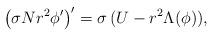
LaTeX: \begin{align*}\left( \sigma Nr^{2}\phi ^{\prime }\right) ^{\prime}=\sigma\, (U-r^2\Lambda(\phi)),\end{align*}